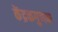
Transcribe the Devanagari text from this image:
केंद्रकगुणन